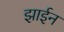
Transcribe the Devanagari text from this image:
झाईन